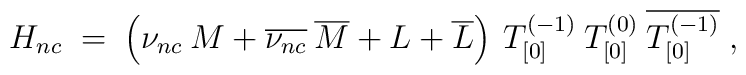
H_{nc} \;=\; \left( \nu_{nc}\:M + \overline{\nu_{nc}}\: \overline{M} + L +\overline{L} \right) \: T^{(-1)}_{[0]}\: T^{(0)}_{[0]}\:\overline{T^{(-1)}_{[0]}}\;,